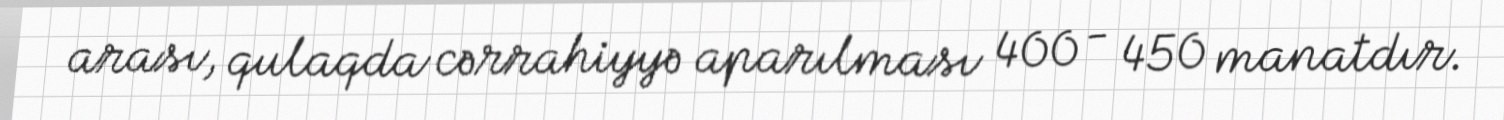
arası, qulaqda cərrahiyyə aparılması 400 - 450 manatdır.